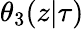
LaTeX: \theta_{3}(z|\tau)